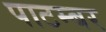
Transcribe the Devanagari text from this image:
पाटम्बर